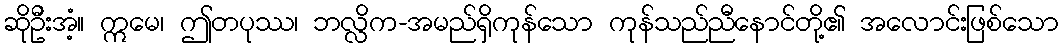
ဆိုဦးအံ့။ ဣမေ၊ ဤတပုဿ၊ ဘလ္လိက-အမည်ရှိကုန်သော ကုန်သည်ညီနောင်တို့၏ အလောင်းဖြစ်သော